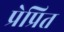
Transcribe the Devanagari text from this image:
प्रेप्रित